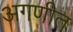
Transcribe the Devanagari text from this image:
अगणीत